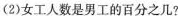
(2)女工人数是男工的百分之几?